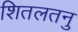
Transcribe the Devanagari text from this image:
शितलतनु